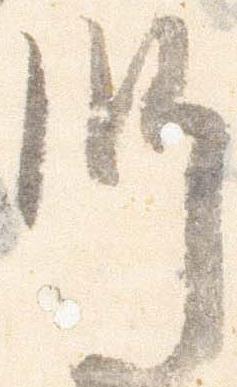
師